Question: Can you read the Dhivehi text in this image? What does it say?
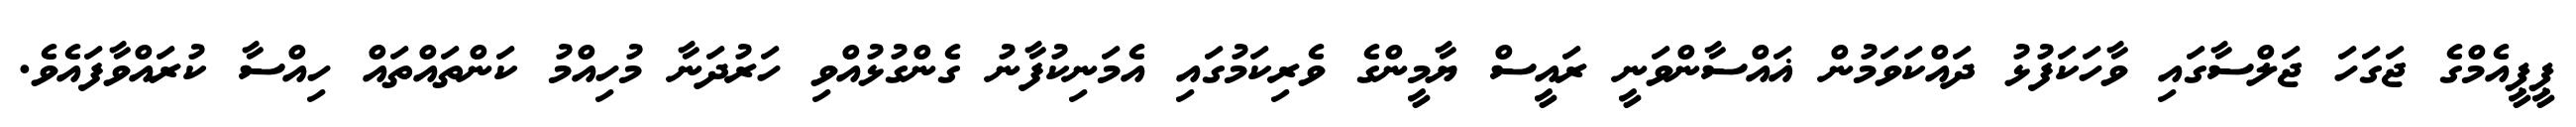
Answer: ޕީޕީއެމްގެ ޖަގަހަ ޖަލްސާގައި ވާހަކަފުޅު ދައްކަވަމުން ޣައްސާންވަނީ ރައީސް ޔާމީންގެ ވެރިކަމުގައި އެމަނިކުފާނު ގެންގުޅުއްވި ހަރުދަނާ މުހިއްމު ކަންތައްތައް ހިއްސާ ކުރައްވާފައެވެ.